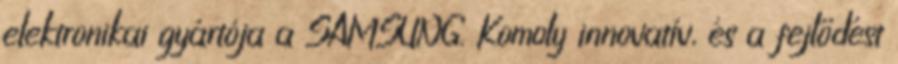
elektronikai gyártója a SAMSUNG. Komoly innovatív, és a fejlődést